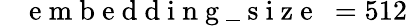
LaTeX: \mathrm{~\texttt~{~e~m~b~e~d~d~i~n~g~\_ ~s~i~z~e~}~}=512